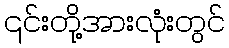
၎င်းတို့အားလုံးတွင်